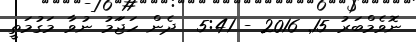
ނޮވެމްބަރު 15